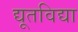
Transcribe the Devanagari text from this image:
द्यूतविद्या